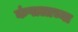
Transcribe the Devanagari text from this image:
कंपालाच्या